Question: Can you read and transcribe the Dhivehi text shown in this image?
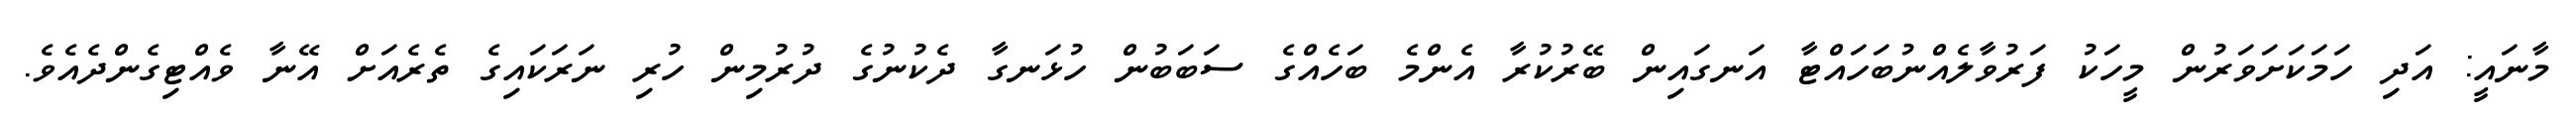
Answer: މާނައީ: އަދި ހަމަކަށަވަރުން މީހަކު ފަރުވާލެއްނުބަހައްޓާ އަނގައިން ބޭރުކުރާ އެންމެ ބަހެއްގެ ސަބަބުން ހުޅަނގާ ދެކުނުގެ ދުރުމިން ހުރި ނަރަކައިގެ ތެރެއަށް އޭނާ ވެއްޓިގެންދެއެވެ.